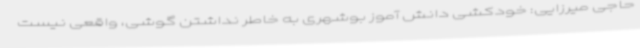
حاجی میرزایی: خودکشی دانش آموز بوشهری به خاطر نداشتن گوشی، واقعی نیست